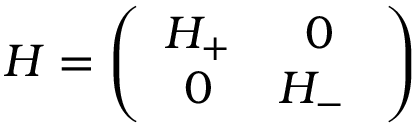
H = \left( \begin{array} { c c } { { H _ { + } } } & { { 0 } } \\ { { 0 } } & { { H _ { - } \ } } \end{array} \right)